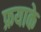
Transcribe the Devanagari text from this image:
फ्रयाके